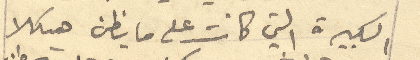
الكبيرة التي كانت على ما يظن هيكلا